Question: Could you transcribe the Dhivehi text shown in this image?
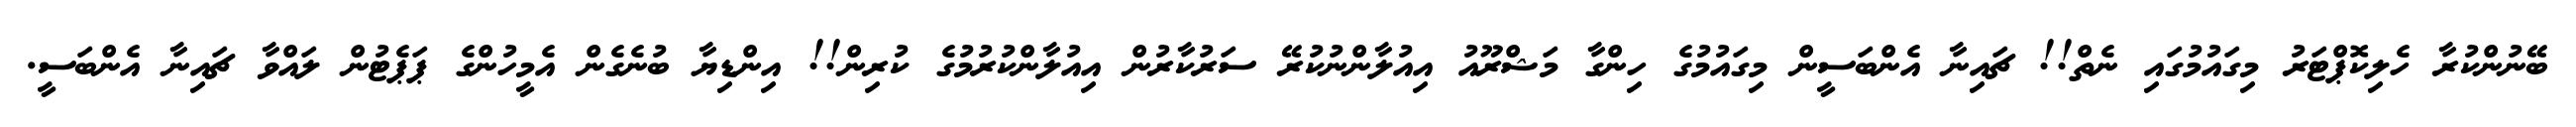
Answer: ބޭނުންކުރާ ހެލިކޮޕްޓަރު މިގައުމުގައި ނެތް!! ޗައިނާ އެންބަސީން މިގައުމުގެ ހިންގާ މަޝްރޫއު އިއުލާންނުކުރޭ ސަރުކާރުން އިއުލާންކުރުމުގެ ކުރިން!! އިންޑިޔާ ބުނެގެން އެމީހުންގެ ޕަޕެޓުން ލައްވާ ޗައިނާ އެންބަސީ.